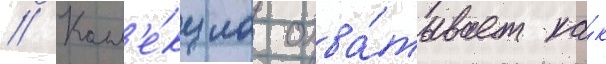
// Колл'е́кциа охва́тывает ка́к